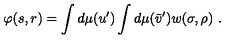
\varphi ( s , r ) = \int d \mu ( u ^ { \prime } ) \int d \mu ( \bar { v } ^ { \prime } ) w ( \sigma , \rho ) \ .